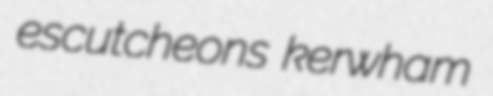
escutcheons kerwham